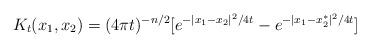
LaTeX: \begin{align*} K_t(x_1, x_2) = (4\pi t)^{-n/2}[e^{-|x_1 - x_2|^2/4t} - e^{-|x_1 - x_2^*|^2/4t}]\end{align*}